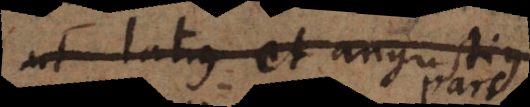
ut latius et angustius,